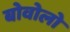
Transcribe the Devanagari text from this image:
बोवोलो